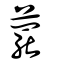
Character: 藣